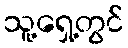
သူ့ရှေ့တွင်